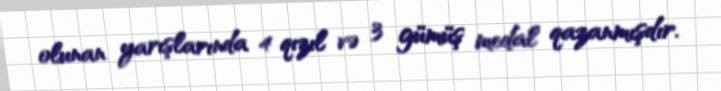
olunan yarışlarında 4 qızıl və 3 gümüş medal qazanmışdır.